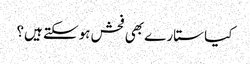
کیا ستارے بھی فحش ہوسکتے ہیں؟